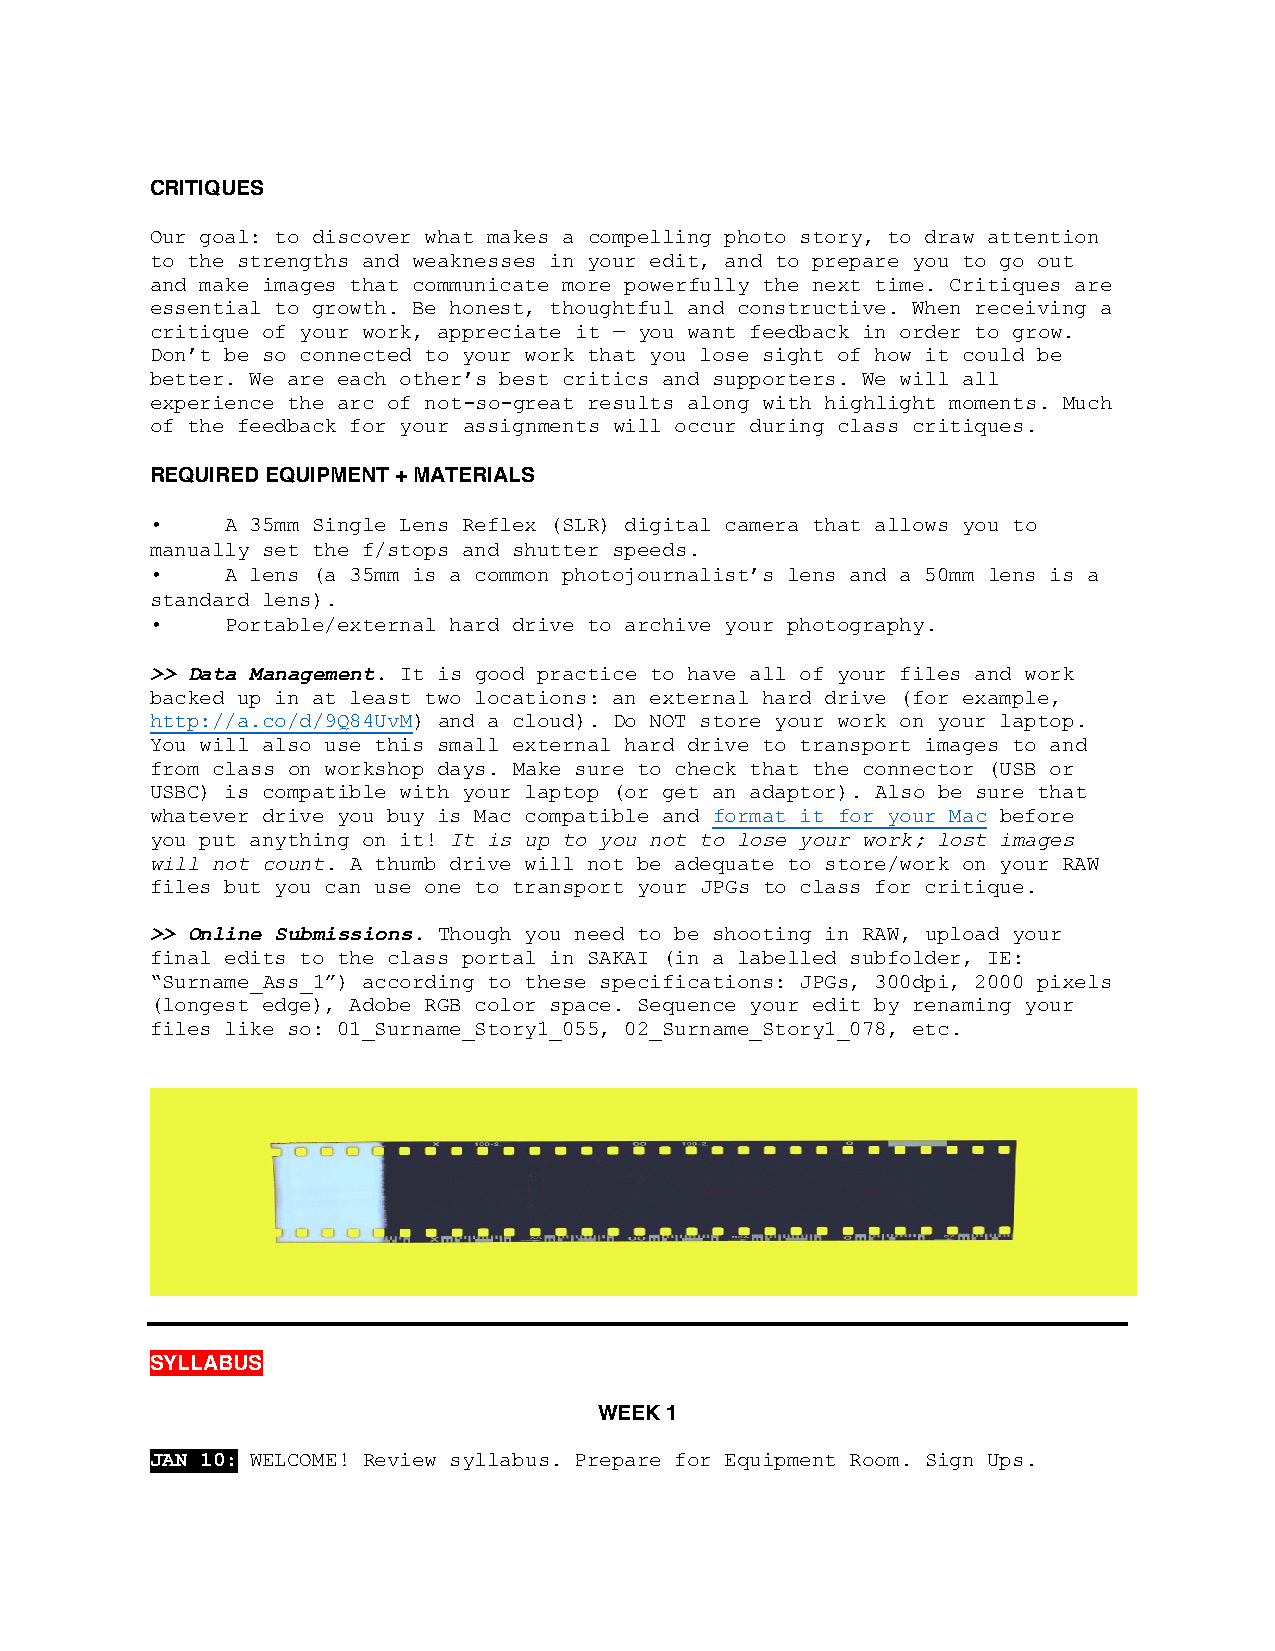
CRITIQUES
 Our goal: to discover what makes a compelling photo story, to draw attention
 to the strengths and weaknesses in your edit, and to prepare you to go out
 and make images that communicate more powerfully the next time. Critiques are
 essential to growth. Be honest, thoughtful and constructive. When receiving a
 critique of your work, appreciate it — you want feedback in order to grow.
 Don’t be so connected to your work that you lose sight of how it could be
 better. We are each other’s best critics and supporters. We will all
 experience the arc of not-so-great results along with highlight moments. Much
 of the feedback for your assignments will occur during class critiques.
 REQUIRED EQUIPMENT + MATERIALS
 •    A 35mm Single Lens Reflex (SLR) digital camera that allows you to
 manually set the f/stops and shutter speeds.
 •    A lens (a 35mm is a common photojournalist’s lens and a 50mm lens is a
 standard lens).
 •    Portable/external hard drive to archive your photography.
 >> Data Management. It is good practice to have all of your files and work
 backed up in at least two locations: an external hard drive (for example,
 http://a.co/d/9Q84UvM) and a cloud). Do NOT store your work on your laptop.
 You will also use this small external hard drive to transport images to and
 from class on workshop days. Make sure to check that the connector (USB or
 USBC) is compatible with your laptop (or get an adaptor). Also be sure that
 whatever drive you buy is Mac compatible and format it for your Mac before
 you put anything on it! It is up to you not to lose your work; lost images
 will not count. A thumb drive will not be adequate to store/work on your RAW
 files but you can use one to transport your JPGs to class for critique.
 >> Online Submissions. Though you need to be shooting in RAW, upload your
 final edits to the class portal in SAKAI (in a labelled subfolder, IE:
 “Surname_Ass_1”) according to these specifications: JPGs, 300dpi, 2000 pixels
 (longest edge), Adobe RGB color space. Sequence your edit by renaming your
 files like so: 01_Surname_Story1_055, 02_Surname_Story1_078, etc.
 SYLLABUS
 WEEK 1
 JAN 10: WELCOME! Review syllabus. Prepare for Equipment Room. Sign Ups.